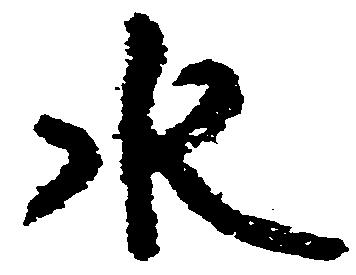
水